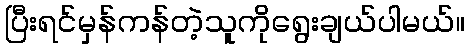
ပြီးရင်မှန်ကန်တဲ့သူကိုရွေးချယ်ပါမယ်။